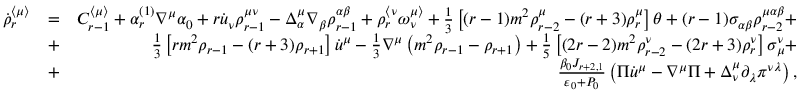
\begin{array} { r l r } { \dot { \rho } _ { r } ^ { \langle \mu \rangle } } & { = } & { C _ { r - 1 } ^ { \langle \mu \rangle } + \alpha _ { r } ^ { ( 1 ) } \nabla ^ { \mu } \alpha _ { 0 } + r \dot { u } _ { \nu } \rho _ { r - 1 } ^ { \mu \nu } - \Delta _ { \alpha } ^ { \mu } \nabla _ { \beta } \rho _ { r - 1 } ^ { \alpha \beta } + \rho _ { r } ^ { \langle \nu } \omega ^ { \mu \rangle } _ { \nu } + \frac { 1 } { 3 } \left[ ( r - 1 ) m ^ { 2 } \rho _ { r - 2 } ^ { \mu } - ( r + 3 ) \rho _ { r } ^ { \mu } \right] \theta + ( r - 1 ) \sigma _ { \alpha \beta } \rho _ { r - 2 } ^ { \mu \alpha \beta } + } \\ & { + } & { \frac { 1 } { 3 } \left[ r m ^ { 2 } \rho _ { r - 1 } - ( r + 3 ) \rho _ { r + 1 } \right] \dot { u } ^ { \mu } - \frac { 1 } { 3 } \nabla ^ { \mu } \left( m ^ { 2 } \rho _ { r - 1 } - \rho _ { r + 1 } \right) + \frac { 1 } { 5 } \left[ ( 2 r - 2 ) m ^ { 2 } \rho _ { r - 2 } ^ { \nu } - ( 2 r + 3 ) \rho _ { r } ^ { \nu } \right] \sigma _ { \mu } ^ { \nu } + } \\ & { + } & { \frac { \beta _ { 0 } J _ { r + 2 , 1 } } { \varepsilon _ { 0 } + P _ { 0 } } \left( \Pi \dot { u } ^ { \mu } - \nabla ^ { \mu } \Pi + \Delta _ { \nu } ^ { \mu } \partial _ { \lambda } \pi ^ { \nu \lambda } \right) , } \end{array}